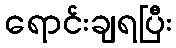
ရောင်းချရပြီး